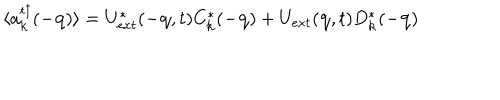
\langle a _ { { \bf { k } } } ^ { t \dagger } ( - { \bf { q } } ) \rangle = U _ { e x t } ^ { * } ( - { \bf { q } } , t ) C _ { { \bf { k } } } ^ { * } ( - { \bf { q } } ) + U _ { e x t } ( { \bf { q } } , t ) D _ { { \bf { k } } } ^ { * } ( - { \bf { q } } )